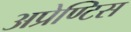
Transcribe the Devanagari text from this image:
अप्रेण्टिस